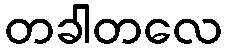
တခါတလေ